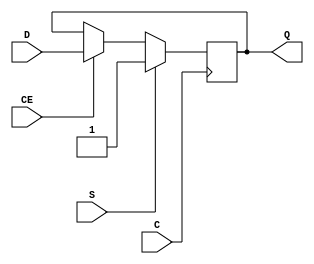
`ifdef verilator3
`else
`timescale 1 ps / 1 ps
`endif
//
// FDSE primitive for Xilinx FPGAs
// Compatible with Verilator tool (www.veripool.org)
// Copyright (c) 2019-2022 Frdric REQUIN
// License : BSD
//

/* verilator coverage_off */
module FDSE
#(
    parameter [0:0] IS_C_INVERTED = 1'b0,
    parameter [0:0] IS_D_INVERTED = 1'b0,
    parameter [0:0] IS_S_INVERTED = 1'b0,
    parameter [0:0] INIT          = 1'b1
)
(
    // Clock
    input  wire C,
    // Clock enable
    input  wire CE,
    // Synchronous set
    input  wire S,
    // Data in
    input  wire D,
    // Data out
    output wire Q
);
    reg _r_Q;

    wire _w_D = D ^ IS_D_INVERTED;
    wire _w_S = S ^ IS_S_INVERTED;
    
    initial begin : INIT_STATE
        _r_Q = INIT[0];
    end

    generate
        if (IS_C_INVERTED) begin : GEN_CLK_NEG
            always @(negedge C) begin
            
                if (_w_S) begin
                    _r_Q <= 1'b1;
                end
                else if (CE) begin
                    _r_Q <= _w_D;
                end
            end
        end
        else begin : GEN_CLK_POS
            always @(posedge C) begin
            
                if (_w_S) begin
                    _r_Q <= 1'b1;
                end
                else if (CE) begin
                    _r_Q <= _w_D;
                end
            end
        end
    endgenerate
    
    assign Q = _r_Q;
    
endmodule
/* verilator coverage_on */